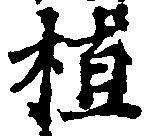
植